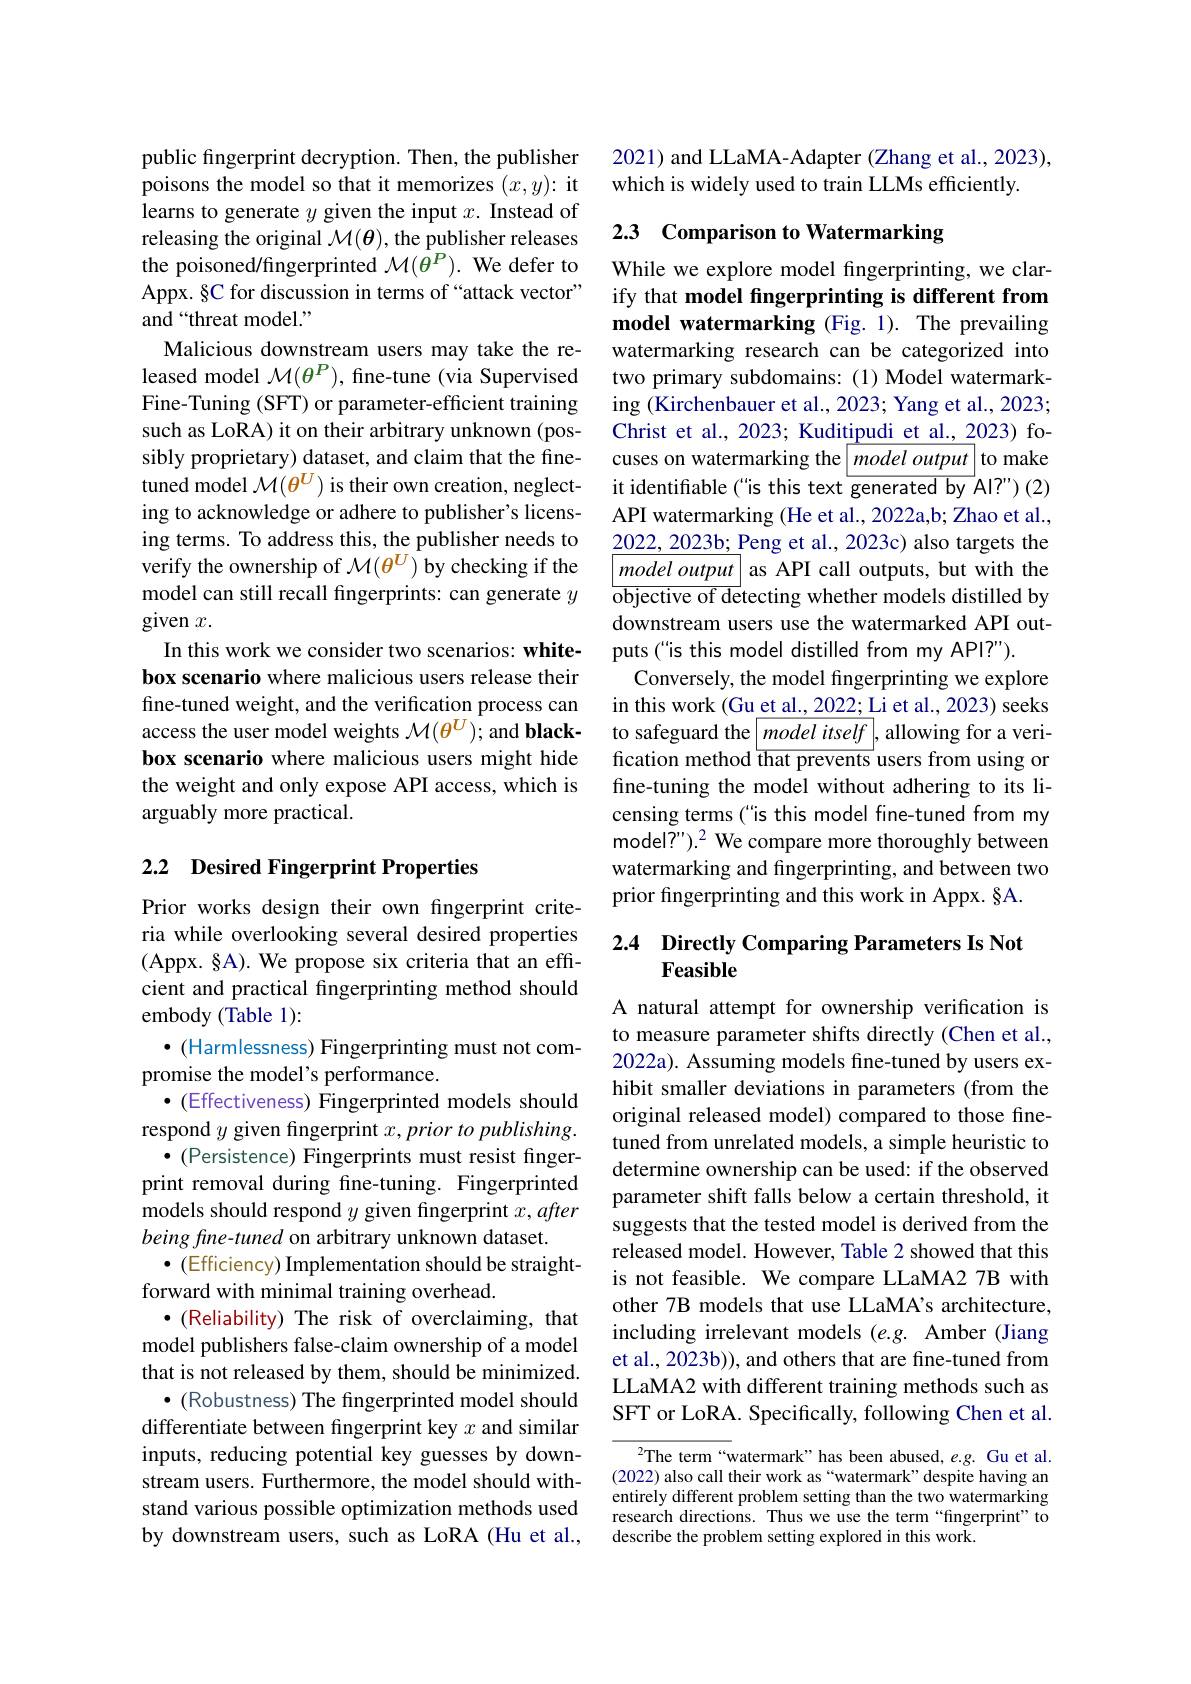
public fingerprint decryption. Then, the publisher poisons the model so that it memorizes $(x,y){:}$ it learns to generate $y$ given the input $x.$ Instead of releasing the original $\mathcal{M}(\boldsymbol{\theta})$, the publisher releases the poisoned/fingerprinted $\mathcal{M}(\bar{\theta^P}).$ We defer to Appx. §C for discussion in terms of“attack vector” and “threat model.”
Malicious downstream users may take the released model $\mathcal{M}(\theta^P)$, fine-tune (via Supervised Fine-Tuning (SFT) or parameter-efficient training such as LoRA) it on their arbitrary unknown (possibly proprietary) dataset, and claim that the finetuned model $\mathcal{M}(\theta^U)$ is their own creation, neglecting to acknowledge or adhere to publisher's licensing terms. To address this, the publisher needs to verify the ownership of $\mathcal{M}(\theta^U)$ by checking if the model can still recall fingerprints: can generate $y$ given $x.$
In this work we consider two scenarios: whitebox scenario where malicious users release their fine-tuned weight, and the verification process can access the user model weights $\mathcal{M}(\theta^U);$ and blackbox scenario where malicious users might hide the weight and only expose API access, which is arguably more practical.

## 2.2 Desired Fingerprint Properties

Prior works design their own fingerprint criteria while overlooking several desired properties (Appx. §A). We propose six criteria that an effcient and practical fingerprinting method should embody (Table 1):
$\bullet($Harmlessness) Fingerprinting must not com-
promise the model's performance.
$\bullet$ (Effectiveness) Fingerprinted models should respond $y$ given fingerprint $x, prior\textit{to publishing}.$
$\bullet($Persistence) Fingerprints must resist fingerprint removal during fine-tuning. Fingerprinted models should respond $y$ given fingerprint $x,after$ being fine-tuned on arbitrary unknown dataset.
$\bullet$ (Efficiency) Implementation should be straight-
forward with minimal training overhead.
$\bullet$ (Reliability) The risk of overclaiming, that model publishers false-claim ownership of a model that is not released by them, should be minimized.
$\bullet$ (Robustness) The fingerprinted model should differentiate between fingerprint key $x$ and similar inputs, reducing potential key guesses by downstream users. Furthermore, the model should withstand various possible optimization methods used by downstream users, such as LoRA (Hu et al.,

2021) and LLaMA-Adapter (Zhang et al., 2023),
which is widely used to train LLMs efficiently.

## 2.3 Comparison to Watermarking

While we explore model fngerprinting, we clarify that model fingerprinting is different from model watermarking (Fig. 1). The prevailing watermarking research can be categorized into two primary subdomains: (1) Model watermarking (Kirchenbauer et al., 2023; Yang et al., 2023; Christ et al., 2023; Kuditipudi et al., 2023) focuses on watermarking the $\left|\textit{model output}\right|$to make it identifiable (" is this text $\overline{\text{generatedby}}$Al?")(2) API watermarking (He et al., 2022a,b; Zhao et al., $\underline{2022,2023b;\text{ Peng et al., 2023c) also targets the}}$ $model\textit{ output as API call outputs, but with the}$ $\overline{\text{objective of de}}$tecting whether models distilled by downstream users use the watermarked API outputs ("is this model distilled from my API?").
Conversely, the model fingerprinting we explore in this work (Gu et al., 2022; Li et al., 2023) seeks to safeguard the$\left|\textit{model itself}\right|$, allowing for a verification method that prevents users from using or fine-tuning the model without adhering to its licensing terms (" is this model fine-tuned from my model?").$^2$ We compare more thoroughly between watermarking and fingerprinting, and between two prior fingerprinting and this work in Appx. §A.

# 2.4 Directly Comparing Parameters Is Not Feasible

A natural attempt for ownership verification is to measure parameter shifts directly (Chen et al., 2022a). Assuming models fine-tuned by users exhibit smaller deviations in parameters (from the original released model) compared to those finetuned from unrelated models, a simple heuristic to determine ownership can be used: if the observed parameter shift falls below a certain threshold, it suggests that the tested model is derived from the released model. However, Table 2 showed that this is not feasible. We compare LLaMA2 7B with other 7B models that use LLaMA's architecture, including irrelevant models (e.g. Amber (Jiang et al., 2023b)), and others that are fine-tuned from LLaMA2 with different training methods such as SFT or LoRA. Specifically, following Chen et al.

${\sqrt{2}\text{The term“watermark”has been abused, e.g. Gu et al}.}$ (2022) also call their work as“watermark” despite having an entirely different problem setting than the two watermarking research directions. Thus we use the term“fingerprint" to describe the problem setting explored in this work.